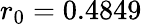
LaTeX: r_{0}=0.4849